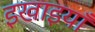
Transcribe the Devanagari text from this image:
इखाइयाँ